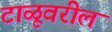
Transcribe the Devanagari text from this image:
टाळूवरील